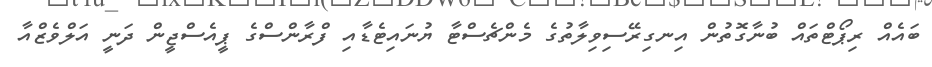
ބައެއް ރިޕޯޓްތައް ބުނާގޮތުން އިނގިރޭސިިވިލާތުގެ މެންޗެސްޓާ ޔުނައިޓެޑާއި ފްރާންސްގެ ޕީއެސްޖީން ދަނީ އަލްވެޒްއާ